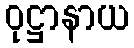
ဝုဋ္ဌာနာယ